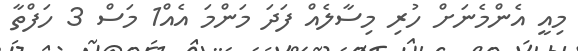
މިއީ އެންމެނަށް ހުރި މިސާލެއް ފަދަ މަންމަ އެއް1 މަސް 3 ހަފްތާ